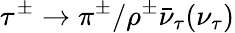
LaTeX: \tau^{\pm}\to\pi^{\pm}/\rho^{\pm}\bar{\nu}_{\tau}(\nu_{\tau})